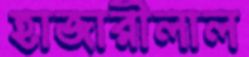
হাজারীলাল